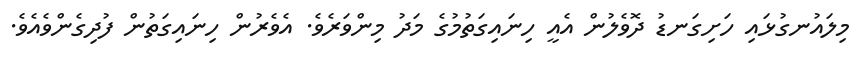
މިލައުނގުޅައި ހަށިގަނޑު ދޮވެލުން އެއީ ހިނައިގަތުމުގެ މަދު މިންވަރެވެ. އެވެރުން ހިނައިގަތުން ފުދިގެންވެއެވެ.